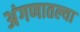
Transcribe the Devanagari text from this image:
अंगणातल्या